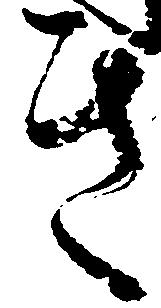
き